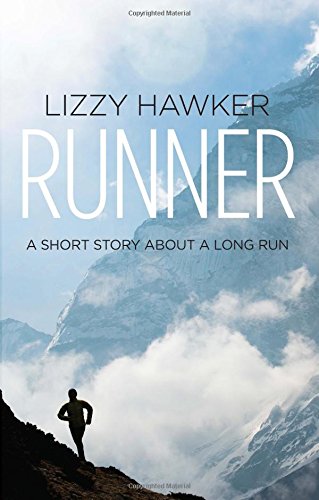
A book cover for Runner: A short story about a long run; Lizzy Hawker; Sports & Outdoors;